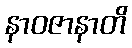
နာဝဇာနာတိ